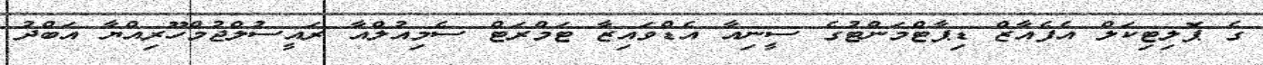
ގެ ޕޮލިޓިކަލް އެފެއާޒް ޑިޕާޓްމަންޓުގެ ސީނިއާ އެޑްވައިޒާ ޓަމްރަޓް ސެމިއުލްއާ ރައީސުލްޖުމްހޫރިއްްޔާ އަބްދު